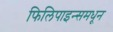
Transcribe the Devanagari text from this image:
फिलिपाइन्समधून